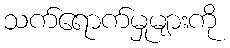
သက်ရောက်မှုများကို